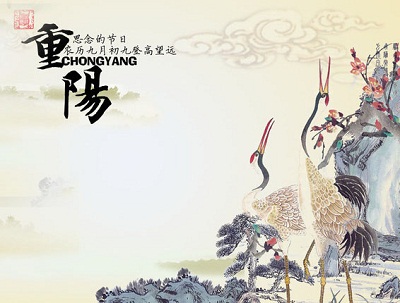
遨欢任落风前帽，促饮争吹酒上花。